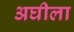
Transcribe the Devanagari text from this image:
अघीला